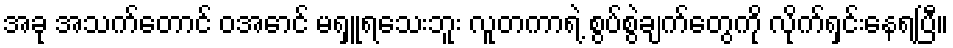
အခု အသက်တောင် ဝအောင် မရှူရသေးဘူး လူတကာရဲ့ စွပ်စွဲချက်တွေကို လိုက်ရှင်းနေရပြီ။